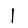
Digit: 1